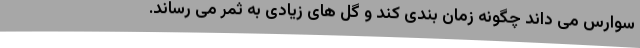
سوارس می داند چگونه زمان بندی کند و گل های زیادی به ثمر می رساند.